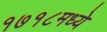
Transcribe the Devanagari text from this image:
१७१८मध्ये